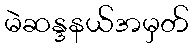
မဲဆန္ဒနယ်အမှတ်